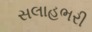
સલાહભરી